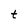
Character: t